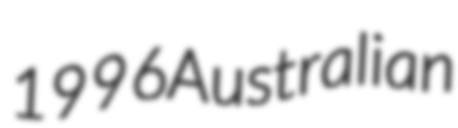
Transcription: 1996 Australian